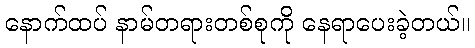
နောက်ထပ် နာမ်တရားတစ်စုကို နေရာပေးခဲ့တယ်။